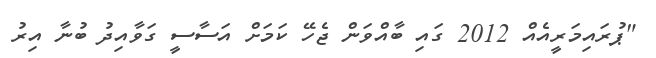
"ޕުރައިމަރީއެއް 2012 ގައި ބާއްވަން ޖެހޭ ކަމަށް އަސާސީ ގަވާއިދު ބުނާ އިރު